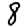
Digit: 8